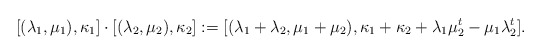
\begin{align*} [(\lambda_1,\mu_1),\kappa_1] \cdot [(\lambda_2,\mu_2),\kappa_2]:=[(\lambda_1+\lambda_2, \mu_1+\mu_2), \kappa_1+\kappa_2+\lambda_1\mu_2^t-\mu_1\lambda_2^t].\end{align*}